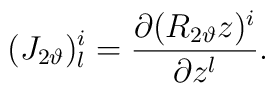
(J_{2\vartheta})^i_l =\frac{\partial (R_{2\vartheta} z)^i}{\partial z^l} .